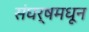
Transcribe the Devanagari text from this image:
संघर्षमधून